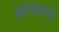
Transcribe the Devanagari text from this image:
आर्टिफॅक्टमुळे